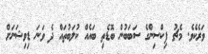
ވަރެކެވެ. މެޗު ފިކްސިންގެ ސަބަބުން ބޮޑެތި ބައެއް ކުލަބުތައް ދެ ވަނަ ޑިވިޝަނަށް